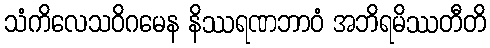
သံကိလေသဝိဂမေန နိဿရဏဘာဝံ အဘိရမိဿတီတိ